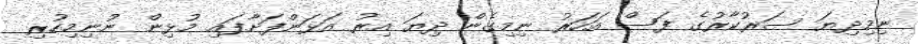
ނިމިދިޔަ ސަރުކާރުގެ ފަސް އަހަރު ނިމިގެން ދިޔަ އިރު އަޅަންފަށާފައި މުޅިން ނުނިމިހުރި